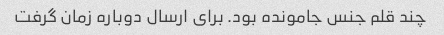
چند قلم جنس جامونده بود. برای ارسال دوباره زمان گرفت